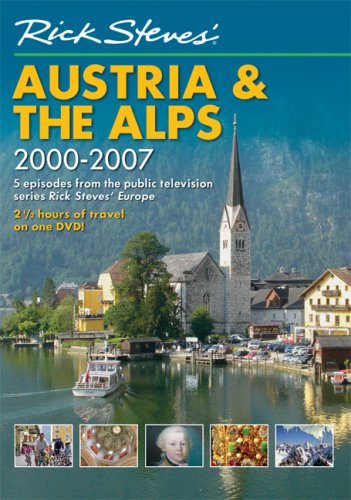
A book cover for Rick Steves' Austria and The Alps DVD 2000-2007 (Rick Steves); Travel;